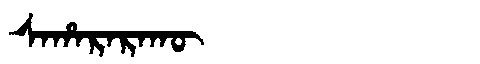
Manchu: ᠰᠠᡥᠠᡵᠠᡵᠠᡴᡡ
Romanization: SAHARARAKŪ